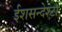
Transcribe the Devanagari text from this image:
ईशसन्देश्टा